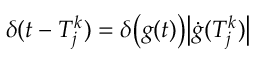
\delta ( t - T _ { j } ^ { k } ) = \delta \big ( g ( t ) \big ) \big | \dot { g } ( T _ { j } ^ { k } ) \big |